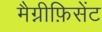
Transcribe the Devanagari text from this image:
मैग्नीफ़िसेंट